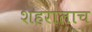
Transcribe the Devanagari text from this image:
शहरालाच